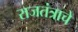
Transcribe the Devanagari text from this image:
राजतंत्राचे